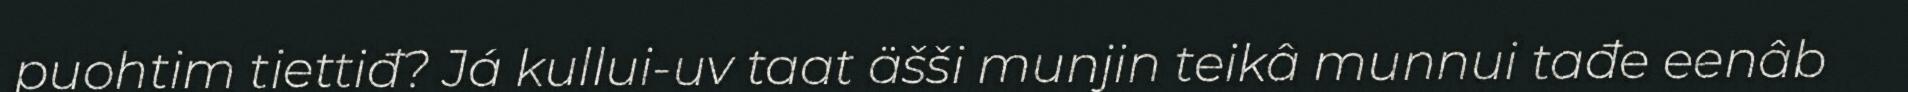
puohtim tiettiđ? Já kullui-uv taat äšši munjin teikâ munnui tađe eenâb